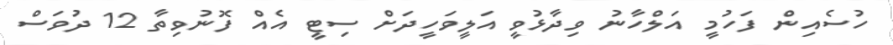
ހުސެއިން ފަހުމީ އަލްހާނު ވިދާޅުވީ އަލީވަހީދަށް ސިޓީ އެއް ފޮނުވިތާ 12 ދުވަސް